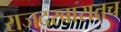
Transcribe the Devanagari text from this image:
राजदरबारातच